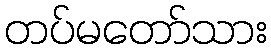
တပ်မတော်သား